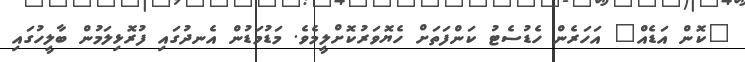
"ކޮން އަޑެއް" އަހަރެން ހެޑުސެޓު ކަންފަތަށް ހެޔޮވަރުކޮށްލީމެވެ. މަޑުމަޑުން އެނދުގައި ފުރޮޅިލަމުން ބާލީހުގައި